Indian journal of veterinary science and animal husbandry - Volumes 24-25, 1954-1955
Year: 1954
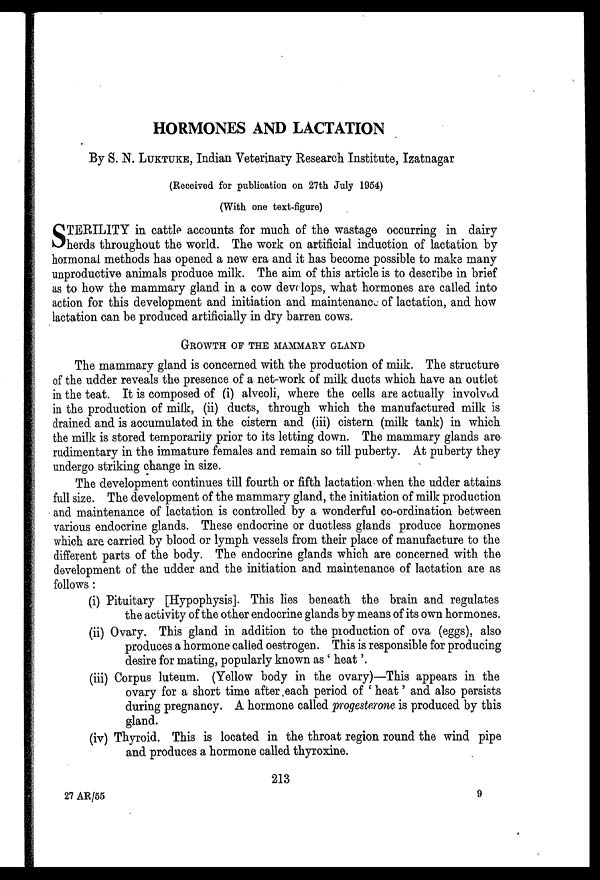
HORMONES AND LACTATION
By S. N. LUKTUKE, Indian Veterinary Research Institute, Izatnagar
(Received for publication on 27th July 1954)
(With one text-figure)
S TERILITY in cattle accounts for much of the wastage occurring in dairy
herds throughout the world. The work on artificial induction of lactation by
hormonal methods has opened a new era and it has become possible to make many
unproductive animals produce milk. The aim of this article is to describe in brief
as to how the mammary gland in a cow develops, what hormones are called into
action for this development and initiation and maintenance of lactation, and how
lactation can be produced artificially in dry barren cows.
GROWTH OF THE MAMMARY GLAND
The mammary gland is concerned with the production of milk. The structure
of the udder reveals the presence of a net-work of milk ducts which have an outlet
in the teat. It is composed of (i) alveoli, where the cells are actually involved
in the production of milk, (ii) ducts, through which the manufactured milk is
drained and is accumulated in the cistern and (iii) cistern (milk tank) in which
the milk is stored temporarily prior to its letting down. The mammary glands are
rudimentary in the immature females and remain so till puberty. At puberty they
undergo striking change in size.
The development continues till fourth or fifth lactation when the udder attains
full size. The development of the mammary gland, the initiation of milk production
and maintenance of lactation is controlled by a wonderful co-ordination between
various endocrine glands. These endocrine or ductless glands produce hormones
which are carried by blood or lymph vessels from their place of manufacture to the
different parts of the body. The endocrine glands which are concerned with the
development of the udder and the initiation and maintenance of lactation are as
follows:
(i) Pituitary [Hypophysis]. This lies beneath the brain and regulates
the activity of the other endocrine glands by means of its own hormones.
(ii) Ovary. This gland in addition to the production of ova (eggs), also
produces a hormone called oestrogen. This is responsible for producing
desire for mating, popularly known as 'heat'.
(iii) Corpus luteum. (Yellow body in the ovary)—This appears in the
ovary for a short time after each period of 'heat' and also persists
during pregnancy. A hormone called progesterone is produced by this
gland.
(iv) Thyroid. This is located in the throat region round the wind pipe
and produces a hormone called thyroxine.
213
27 AR/55
9